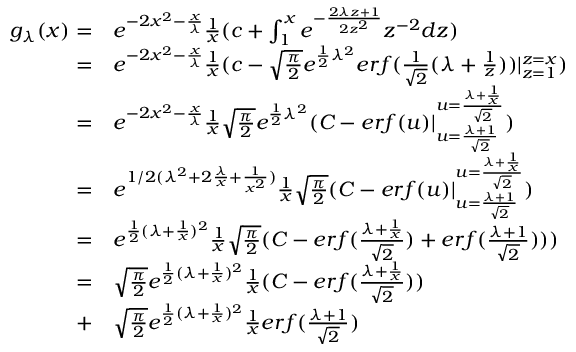
\begin{array} { r l } { g _ { \lambda } ( x ) = } & { e ^ { - 2 x ^ { 2 } - \frac { x } { \lambda } } \frac { 1 } { x } ( c + \int _ { 1 } ^ { x } e ^ { - \frac { 2 \lambda z + 1 } { 2 z ^ { 2 } } } z ^ { - 2 } d z ) } \\ { = } & { e ^ { - 2 x ^ { 2 } - \frac { x } { \lambda } } \frac { 1 } { x } ( c - \sqrt { \frac { \pi } { 2 } } e ^ { \frac { 1 } { 2 } \lambda ^ { 2 } } e r f ( \frac { 1 } { \sqrt { 2 } } ( \lambda + \frac { 1 } { z } ) ) | _ { z = 1 } ^ { z = x } ) } \\ { = } & { e ^ { - 2 x ^ { 2 } - \frac { x } { \lambda } } \frac { 1 } { x } \sqrt { \frac { \pi } { 2 } } e ^ { \frac { 1 } { 2 } \lambda ^ { 2 } } ( C - e r f ( u ) | _ { u = \frac { \lambda + 1 } { \sqrt { 2 } } } ^ { u = \frac { \lambda + \frac { 1 } { x } } { \sqrt { 2 } } } ) } \\ { = } & { e ^ { 1 / 2 ( \lambda ^ { 2 } + 2 \frac { \lambda } { x } + \frac { 1 } { x ^ { 2 } } ) } \frac { 1 } { x } \sqrt { \frac { \pi } { 2 } } ( C - e r f ( u ) | _ { u = \frac { \lambda + 1 } { \sqrt { 2 } } } ^ { u = \frac { \lambda + \frac { 1 } { x } } { \sqrt { 2 } } } ) } \\ { = } & { e ^ { \frac { 1 } { 2 } ( \lambda + \frac { 1 } { x } ) ^ { 2 } } \frac { 1 } { x } \sqrt { \frac { \pi } { 2 } } ( C - e r f ( \frac { \lambda + \frac { 1 } { x } } { \sqrt { 2 } } ) + e r f ( \frac { \lambda + 1 } { \sqrt { 2 } } ) ) ) } \\ { = } & { \sqrt { \frac { \pi } { 2 } } e ^ { \frac { 1 } { 2 } ( \lambda + \frac { 1 } { x } ) ^ { 2 } } \frac { 1 } { x } ( C - e r f ( \frac { \lambda + \frac { 1 } { x } } { \sqrt { 2 } } ) ) } \\ { + } & { \sqrt { \frac { \pi } { 2 } } e ^ { \frac { 1 } { 2 } ( \lambda + \frac { 1 } { x } ) ^ { 2 } } \frac { 1 } { x } e r f ( \frac { \lambda + 1 } { \sqrt { 2 } } ) } \end{array}